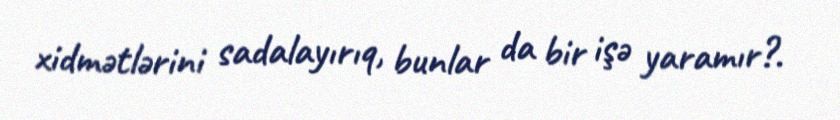
xidmətlərini sadalayırıq, bunlar da bir işə yaramır?.